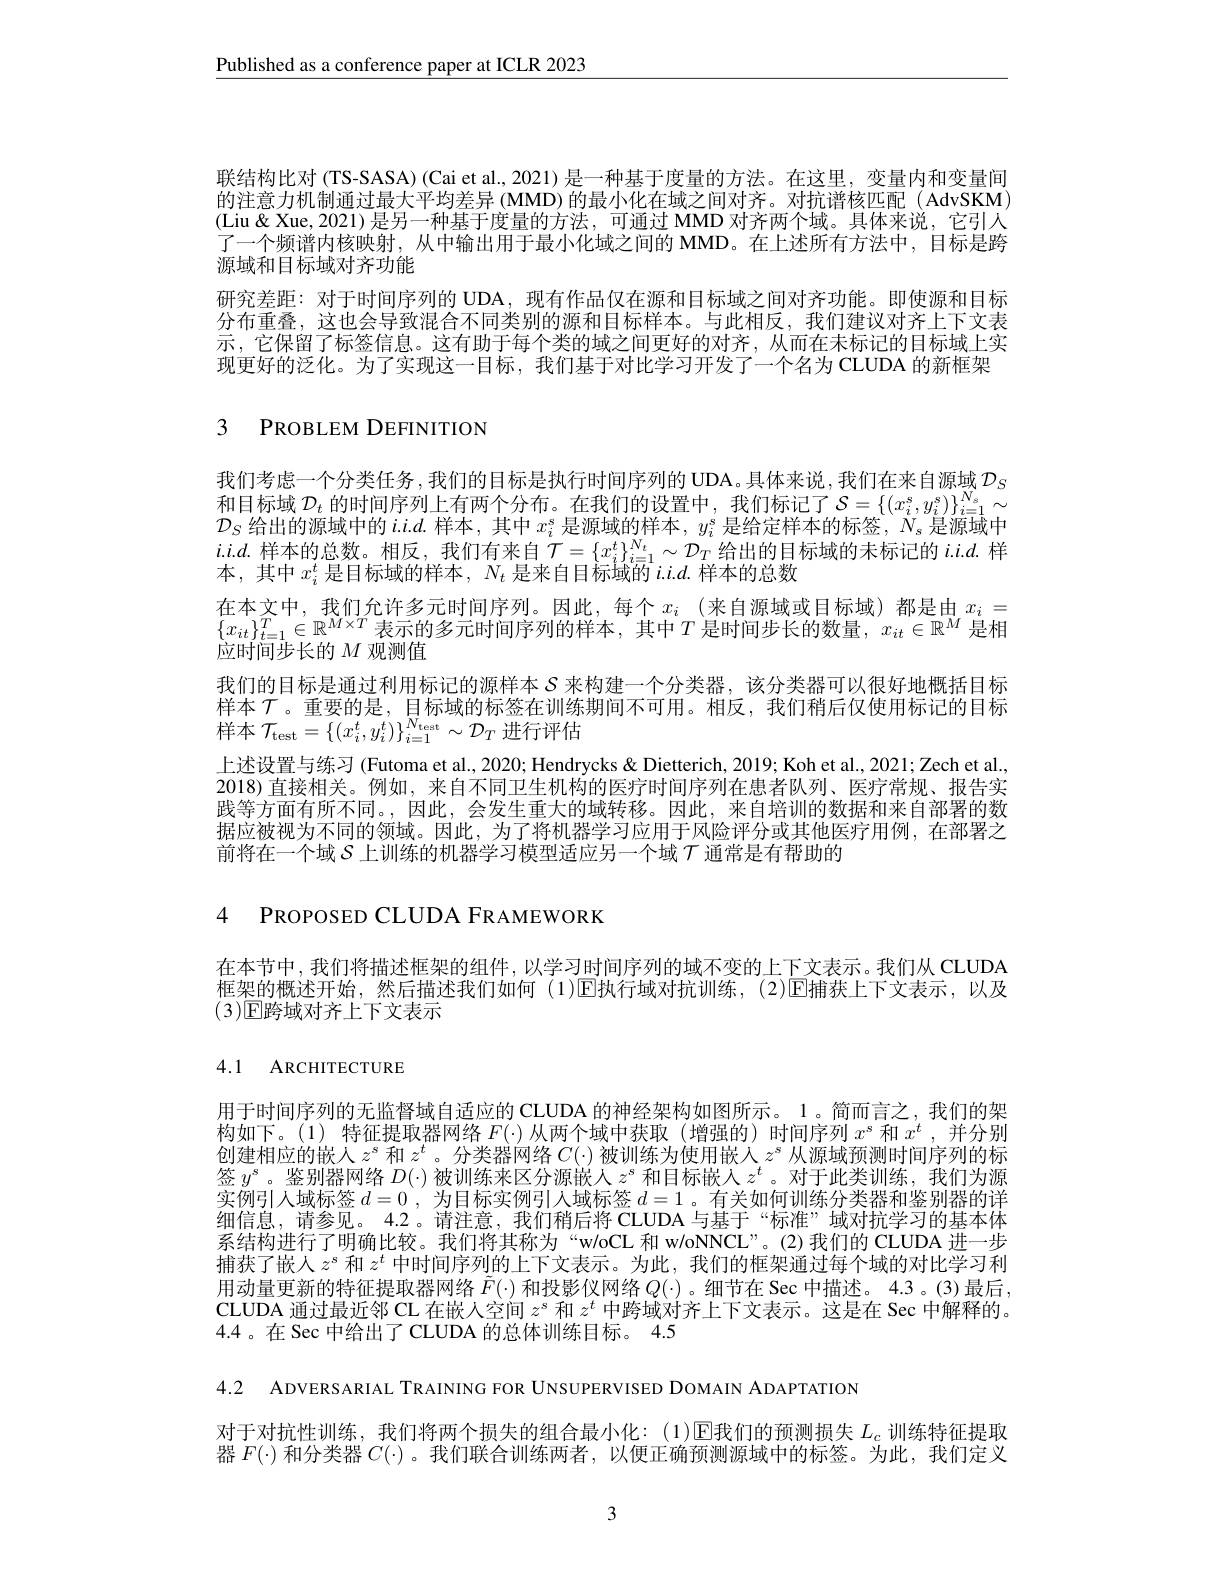
$\underline{\text{Published as a conference paper at ICLR 2023}}$

联结构比对 (TS-SASA) (Cai et al., 2021) 是一种基于度量的方法。在这里，变量内和变量间的注意力机制通过最大平均差异 (MMD) 的最小化在域之间对齐。对抗谱核匹配 (AdvSKM) (Liu&Xue,2021)是另一种基于度量的方法，可通过 MMD 对齐两个域。具体来说，它引人了一个频谱内核映射，从中输出用于最小化域之间的 MMD。在上述所有方法中，目标是跨源域和目标域对齐功能
研究差距：对于时间序列的 UDA, 现有作品仅在源和目标域之间对齐功能。即使源和目标分布重叠，这也会导致混合不同类别的源和目标样本。与此相反，我们建议对齐上下文表示，它保留了标签信息。这有助于每个类的域之间更好的对齐，从而在未标记的目标域上实现更好的泛化。为了实现这一目标，我们基于对比学习开发了一个名为 CLUDA 的新框架

# 3 PROBLEM DEFINITION

我们考虑一个分类任务，我们的目标是执行时间序列的 UDA。具体来说，我们在来自源域$\mathcal{D}_S$ 和目标域 $\mathcal{D}_t$ 的时间序列上有两个分布。在我们的设置中，我们标记了$\mathcal{S}=\{(x_i^s,y_i^s)\}_{i=1}^{N_s}\sim$ $\mathcal{D}_S$给出的源域中的$i.i.d.$样本 , 其中$x_i^s$是源域的样本$,y_i^s$是给定样本的标签$,N_s$是源域中$i.i.d.$样本的总数。相反，我们有来自$\mathcal{T}=\{x_i^t\}_{i=1}^{N_t}\sim\mathcal{D}_T$给出的目标域的未标记的$i.i.d.$样本，其中$x_i^t$是目标域的样本，$N_t$是来自目标域的$^1i.i.d.$样本的总数
在本文中，我们允许多元时间序列。因此，每个$x_i$ (来自源域或目标域)都是由$x_i=$ $\{x_{it}\}_{t=1}^T\in\mathbb{R}^{M\times T}$表示的多元时间序列的样本，其中$T$是时间步长的数量，$x_it\in\mathbb{R}^M$ 是相应时间步长的$M$观测值
我们的目标是通过利用标记的源样本$S$来构建一个分类器，该分类器可以很好地概括目标样本$\mathcal{T}$。重要的是，目标域的标签在训练期间不可用。相反，我们稍后仅使用标记的目标样本$\mathcal{T}_\mathrm{test}=\left\{(x_{i}^{t},y_{i}^{t})\right\}_{i=1}^{N_{\mathrm{test}}}\sim\mathcal{D}_{T}$进行评估
上述设置与练习 (Futoma et al., 2020; Hendrycks & Dietterich, 2019; Koh et al., 2021; Zech et al., 2018)直接相关。例如，来自不同卫生机构的医疗时间序列在患者队列、医疗常规、报告实践等方面有所不同。,因此，会发生重大的域转移。因此，来自培训的数据和来自部署的数据应被视为不同的领域。因此，为了将机器学习应用于风险评分或其他医疗用例，在部署之前将在一个域$\mathcal{S}$上训练的机器学习模型适应另一个域$\mathcal{T}$通常是有帮助的

4 PROPOSED CLUDA FRAMEWORK

在本节中，我们将描述框架的组件，以学习时间序列的域不变的上下文表示。我们从 CLUDA 框架的概述开始，然后描述我们如何(1)$\operatorname{E\text{执行域对抗训练，(2)}}$E捕获上下文表示，以及$(3){\mathrm{E}}$跨域对齐上下文表示

# 4.1 ARCHITECTURE

用于时间序列的无监督域自适应的 CLUDA 的神经架构如图所示。1。简而言之，我们的架构如下。(1) 特征提取器网络$F(\cdot)$从两个域中获取 (增强的) 时间序列$x^\mathrm{s}$和$x^t$,并分别创建相应的嵌人$z^s$和$z^t$。分类器网络$C(\cdot)$被训练为使用嵌人$z^s$从源域预测时间序列的标签$y^s$。鉴别器网络$D(\cdot)$被训练来区分源嵌人$z^s$和目标嵌人$z^t$ 。对于此类训练，我们为源实例引人域标签$d=0$ ,为目标实例引入域标签$d=1$ 。有关如何训练分类器和鉴别器的详细信息、请参见。4.2。请注意、我们稍后将 CLUDA 与基干“标准”域对抗学习的基本体系结构进行了明确比较。我们将其称为“w/oCL 和 w/oNNCL”。(2)我们的 CLUDA 进一步捕获了嵌人$z^s$和$z^t$中时间序列的上下文表示。为此，我们的框架通过每个域的对比学习利用动量更新的特征提取器网络$\tilde{F}(\cdot)$和投影仪网络$Q(\cdot)$ 。细节在 Sec 中描述。4.3 。(3)最后， CLUDA 通过最近邻 CL 在嵌人空间$z^s$和$z^t$中跨域对齐上下文表示。这是在 Sec 中解释的。4.4。在 Sec 中给出了 CLUDA 的总体训练目标。4.5

4.2 ADVERSARIAL TRAINING FOR UNSUPERVISED DOMAIN ADAPTATION

对于对抗性训练，我们将两个损失的组合最小化：(1)▣我们的预测损失$L_c$训练特征提取器$F(\cdot)$和分类器$C(\cdot)$ 。我们联合训练两者，以便正确预测源域中的标签。为此，我们定义

3